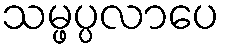
သမ္ဖပ္ပလာပေ